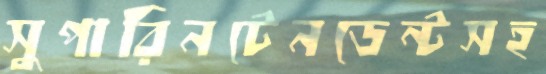
সুপারিনটেনডেন্টসহ